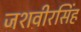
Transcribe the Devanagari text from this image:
जशवीरसिंह